Indian journal of veterinary science and animal husbandry - Volume 3,
Year: 1933
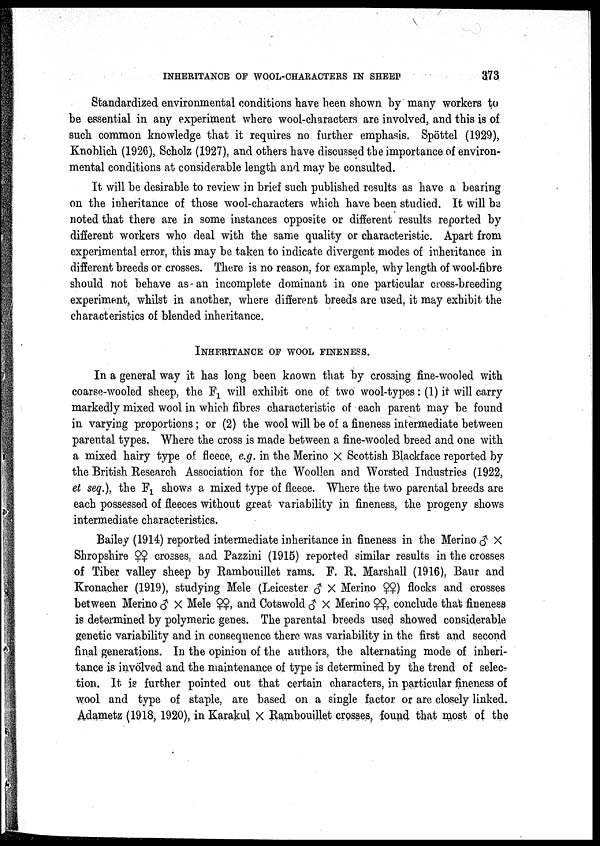
INHERITANCE OF WOOL-CHARACTERS IN SHEEP
373
Standardized environmental conditions have been shown by many workers to
be essential in any experiment where wool-characters are involved, and this is of
such common knowledge that it requires no further emphasis. Spöttel (1929),
Knoblich (1926), Seholz (1927), and others have discussed the importance of environ
mental conditions at considerable length and may be consulted.
It will be desirable to review in brief such published results as have a bearing
on the inheritance of those wool-characters which have been studied. It will be
noted that there are in some instances opposite or different results reported by
different workers who deal with the same quality or characteristic. Apart from
experimental error, this may be taken to indicate divergent modes of inheritance in
different breeds or crosses. There is no reason, for example, why length of wool-fibre
should not behave as an incomplete dominant in one particular cross-breeding
experiment, whilst in another, where different breeds are used, it may exhibit the
characteristics of blended inheritance.
INHERITANCE OF WOOL FINENESS.
In a general way it has long been known that by crossing fine-wooled with
coarse-wooled sheep, the F 1 will exhibit one of two wool-types: (1) it will carry
markedly mixed wool in which fibres characteristic of each parent may be found
in varying proportions; or (2) the wool will be of a fineness intermediate between
parental types. "Where the cross is made between a fine-wooled breed and one with
a mixed hairy type of fleece, e.g. in the Merino × Scottish Blackface reported by
the British Research Association for the Woollen and Worsted Industries (1922,
et seq.), the F 1 shows a mixed type of fleece. Where the two parental breeds are
each possessed of fleeces without great variability in fineness, the progeny shows
intermediate characteristics.
Bailey (1914) reported intermediate inheritance in fineness in the Merino ♂ ×
Shropshire ♀♀ crosses, and Pazzini (1915) reported similar results in the crosses
of Tiber valley sheep by Rambouillet rams. F. R. Marshall (1916), Baur and
Kronacher (1919), studying Mele (Leicester ♂ × Merino ♀♀) flocks and crosses
between Merino ♂ × Mele ♀♀, and Cotswold ♂ × Merino ♀♀, conclude that fineness
is determined by polymeric genes. The parental breeds used showed considerable
genetic variability and in consequence there was variability in the first and second
final generations. In the opinion of the authors, the alternating mode of inheri
tance is invölved and the maintenance of type is determined by the trend of selec
tion. It is further pointed out that certain characters, in particular fineness of
wool and type of staple, are based on a single factor or are closely linked.
Adametz (1918, 1920), in Karakul × Rambouillet crosses, found that most of the